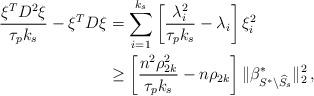
LaTeX: \begin{align*}\frac{ \xi^T D^2 \xi }{\tau_p k_s } - \xi^T D \xi &= \sum_{i=1}^{k_s} \left[ \frac{\lambda_i^2 }{\tau_p k_s } - \lambda_i\right] \xi_i^2 \\&\ge \left[ \frac{n^2 \rho_{2k}^2 }{\tau_p k_s } - n \rho_{2k} \right] \|\beta^*_{S^* \backslash \widehat{S}_s}\|_2^2 \,,\end{align*}